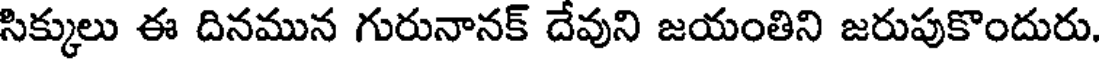
సిక్కులు ఈ దినమున గురునానక్ దేవుని జయంతిని జరుపుకొందురు.